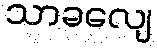
သာခလျေ